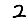
Digit: 2